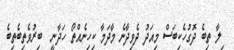
ިލާ ތިބެ ދޮގުހެކިބަސް މިއަދު ދެވިދާނެ މާދަމާ ކިހިނެއްތޯ ހަދާނީ  ބިރުވެތިބެތިބެ